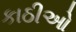
કાઠીઓ